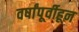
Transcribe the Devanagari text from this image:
वर्षांपूर्वीहून